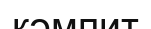
кәмпит